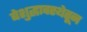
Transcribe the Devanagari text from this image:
बेशुद्धावस्थेतून